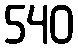
540